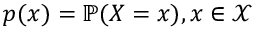
p ( x ) = \mathbb { P } ( X = x ) , x \in \mathcal { X }